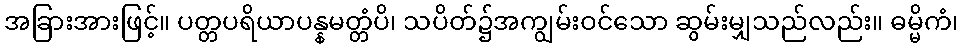
အခြားအားဖြင့်။ ပတ္တပရိယာပန္နမတ္တံပိ၊ သပိတ်၌အကျွမ်းဝင်သော ဆွမ်းမျှသည်လည်း။ ဓမ္မိကံ၊